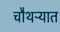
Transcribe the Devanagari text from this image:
चौथऱ्यात